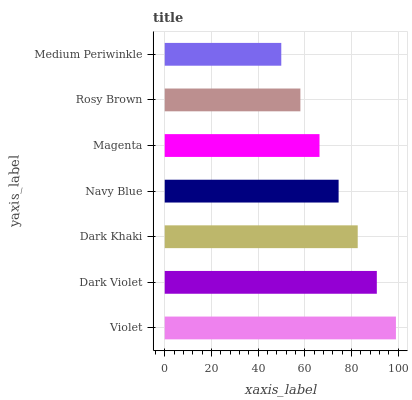
| yaxis_label | bars |
 | --- | --- |
 | Violet | 99 |
 | Dark Violet | 90.8 |
 | Dark Khaki | 82.6 |
 | Navy Blue | 74.5 |
 | Magenta | 66.3 |
 | Rosy Brown | 58.1 |
 | Medium Periwinkle | 49.9 |